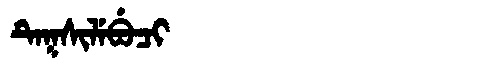
Manchu: ᡨᡝᡴᠰᡳᠯᡝᠪᡠᠴᡳ
Romanization: TEKSILEBUCI